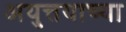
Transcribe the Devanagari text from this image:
अयुत्तयाच्या